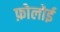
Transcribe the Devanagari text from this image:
फ़ोलोई